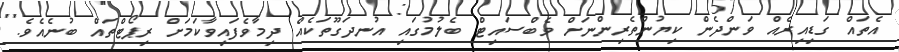
އެތައް ގަޑިއިރެއް ވަންދެން ކިޔުންތެރިންނަށް ވެބްސައިޓް ބެލުމުގައި އުނދަގޫތަކެއް ދިމާވެފައިވާކަމަށް ރިޕޯޓްތައް ބުނެއެވެ.